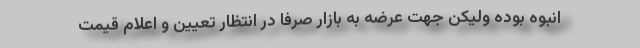
انبوه بوده ولیکن جهت عرضه به بازار صرفاً در انتظار تعیین و اعلام قیمت